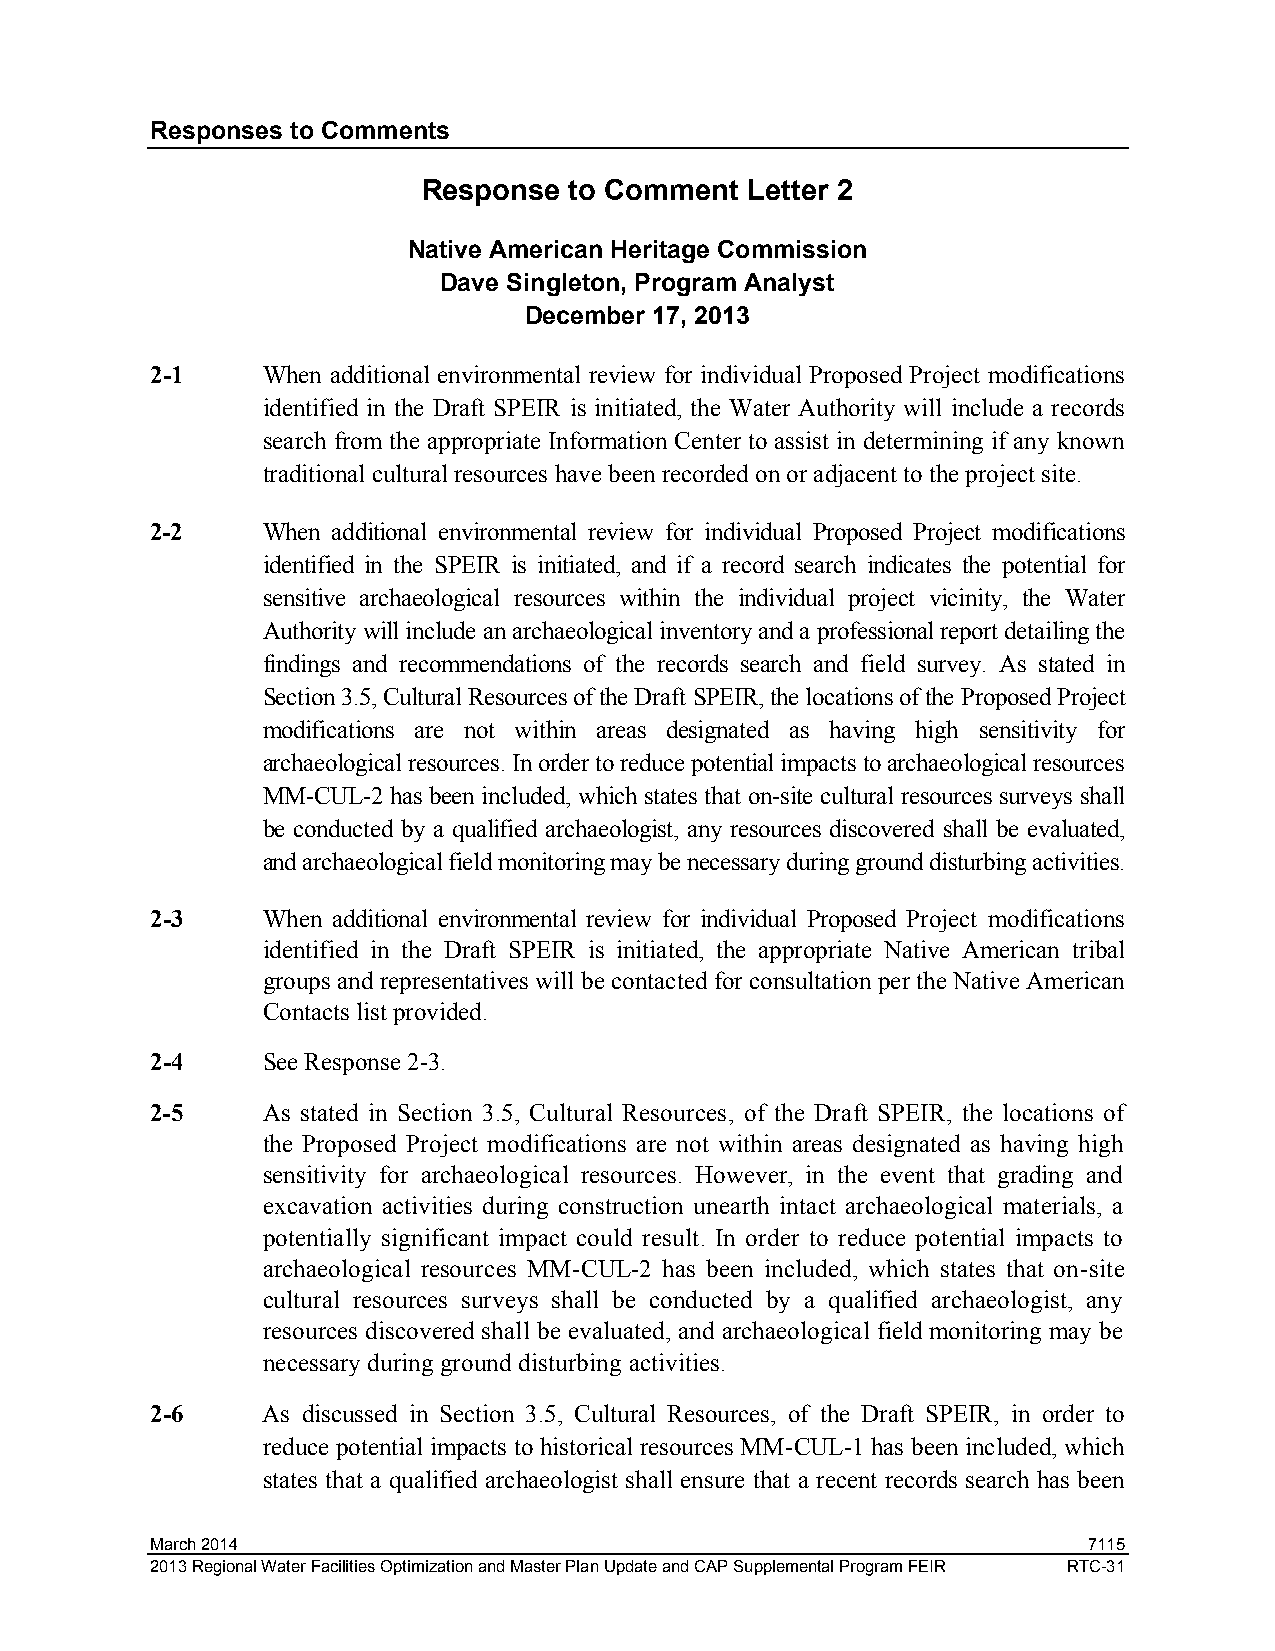
Responses to Comments
 Response  to Comment Letter 2
 Native American Heritage Commission
 Dave Singleton, Program Analyst
 December 17, 2013
 2-1    When additional environmental review for individual Proposed Project modifications
 identified in the Draft SPEIR is initiated, the Water Authority will include a records
 search from the appropriate Information Center to assist in determining if any known
 traditional cultural resources have been recorded on or adjacent to the project site.
 2-2    When additional environmental review for individual Proposed Project modifications
 identified in the SPEIR is initiated, and if a record search indicates the potential for
 sensitive archaeological resources within the individual project vicinity, the Water
 Authority will include an archaeological inventory and a professional report detailing the
 findings and recommendations of the records search and field survey. As stated in
 Section 3.5, Cultural Resources of the Draft SPEIR, the locations of the Proposed Project
 modifications are not within areas designated as having high sensitivity for
 archaeological resources. In order to reduce potential impacts to archaeological resources
 MM-CUL-2 has been included, which states that on-site cultural resources surveys shall
 be conducted by a qualified archaeologist, any resources discovered shall be evaluated,
 and archaeological field monitoring may be necessary during ground disturbing activities.
 2-3    When additional environmental review for individual Proposed Project modifications
 identified in the Draft SPEIR is initiated, the appropriate Native American tribal
 groups and representatives will be contacted for consultation per the Native American
 Contacts list provided.
 2-4    See Response 2-3.
 2-5    As stated in Section 3.5, Cultural Resources, of the Draft SPEIR, the locations of
 the Proposed Project modifications are not within areas designated as having high
 sensitivity for archaeological resources. However, in the event that grading and
 excavation activities during construction unearth intact archaeological materials, a
 potentially significant impact could result. In order to reduce potential impacts to
 archaeological resources MM-CUL-2 has been included, which states that on-site
 cultural resources surveys shall be conducted by a qualified archaeologist, any
 resources discovered shall be evaluated, and archaeological field monitoring may be
 necessary during ground disturbing activities.
 2-6    As discussed in Section 3.5, Cultural Resources, of the Draft SPEIR, in order to
 reduce potential impacts to historical resources MM-CUL-1 has been included, which
 states that a qualified archaeologist shall ensure that a recent records search has been
 March 2014                                                    7115
 2013 Regional Water Facilities Optimization and Master Plan Update and CAP Supplemental Program FEIR RTC-31